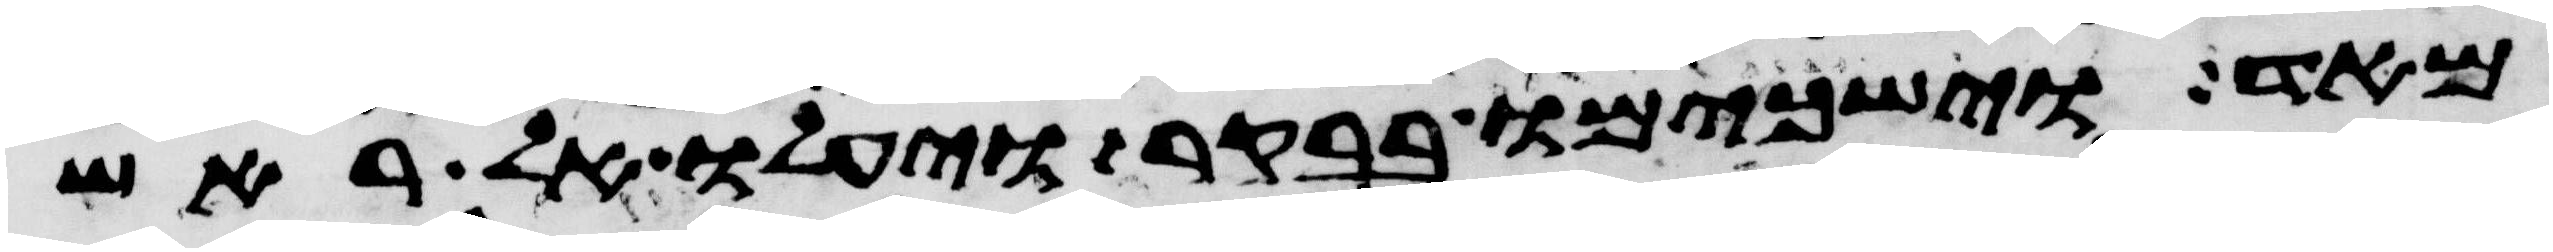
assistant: מאד וישכמו בבקר ויעלו אל ראש